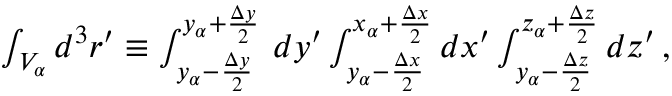
\begin{array} { r } { \int _ { V _ { \alpha } } d ^ { 3 } \boldsymbol { r } ^ { \prime } \equiv \int _ { y _ { \alpha } - \frac { \Delta y } { 2 } } ^ { { y _ { \alpha } + \frac { \Delta y } { 2 } } } \, d y ^ { \prime } \int _ { y _ { \alpha } - \frac { \Delta x } { 2 } } ^ { { x _ { \alpha } + \frac { \Delta x } { 2 } } } d x ^ { \prime } \int _ { y _ { \alpha } - \frac { \Delta z } { 2 } } ^ { { z _ { \alpha } + \frac { \Delta z } { 2 } } } d z ^ { \prime } \, , } \end{array}